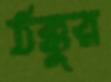
ঠক্কুর